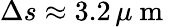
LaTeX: \Delta s\approx 3.2\, \mu\mathrm{~m~}